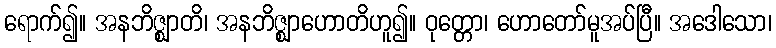
ရောက်၍။ အနဘိဇ္ဈာတိ၊ အနဘိဇ္ဈာဟောတိဟူ၍။ ဝုတ္တော၊ ဟောတော်မူအပ်ပြီ။ အဒေါသော၊